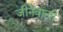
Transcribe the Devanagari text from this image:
जीनेवाली